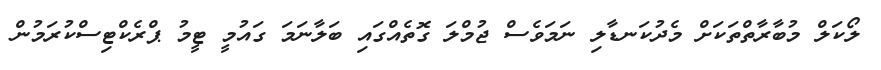
ލޯކަލް މުބާރާތްތަކަށް މެދުކަނޑާލި ނަމަވެސް ޖުމްލަ ގޮތެއްގައި ބަލާނަމަ ގައުމީ ޓީމު ޕްރެކްޓިސްކުރަމުން